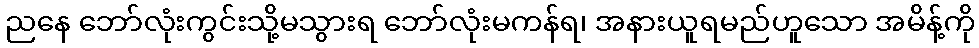
ညနေ ဘော်လုံးကွင်းသို့မသွားရ ဘော်လုံးမကန်ရ၊ အနားယူရမည်ဟူသော အမိန့်ကို